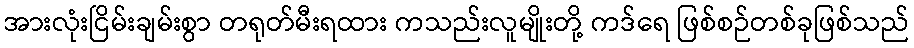
အားလုံးငြိမ်းချမ်းစွာ တရုတ်မီးရထား ကသည်းလူမျိုးတို့ ကဒ်ရေ ဖြစ်စဉ်တစ်ခုဖြစ်သည်